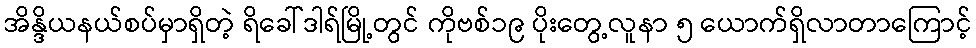
အိန္ဒိယနယ်စပ်မှာရှိတဲ့ ရိခေါ်ဒါရ်မြို့တွင် ကိုဗစ်၁၉ ပိုးတွေ့လူနာ ၅ ယောက်ရှိလာတာကြောင့်